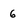
Character: 6